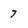
Character: 7